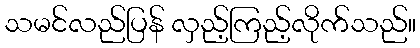
သမင်လည်ပြန် လှည့်ကြည့်လိုက်သည်။